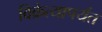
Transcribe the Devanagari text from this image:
विक्रेत्यापर्यंत